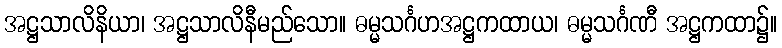
အဋ္ဌသာလိနိယာ၊ အဋ္ဌသာလိနီမည်သော။ ဓမ္မသင်္ဂဟအဋ္ဌကထာယ၊ ဓမ္မသင်္ဂဏီ အဋ္ဌကထာ၌။